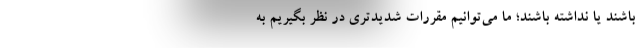
باشند یا نداشته باشند؛ ما می‌توانیم مقررات شدیدتری در نظر بگیریم به